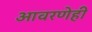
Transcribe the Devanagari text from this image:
आवरणेही